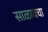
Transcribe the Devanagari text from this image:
साळावचा